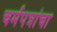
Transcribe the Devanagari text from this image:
चर्मपत्रांचा